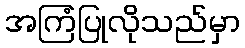
အကြံပြုလိုသည်မှာ